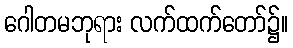
ဂေါတမဘုရား လက်ထက်တော်၌။